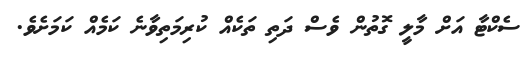
ސެކްޓާ އަށް މާލީ ގޮތުން ވެސް ދަތި ތަކެއް ކުރިމަތިވާނެ ކަމެއް ކަމަށެވެ.